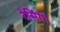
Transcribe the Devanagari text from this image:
रेसिंग।